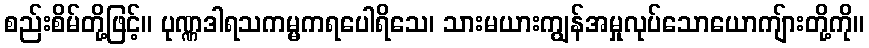
စည်းစိမ်တို့ဖြင့်။ ပုဏ္ဏဒါရသကမ္မကရပေါရိသေ၊ သားမယားကျွန်အမှုလုပ်သောယောကျ်ားတို့ကို။